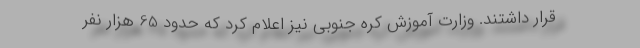
قرار داشتند. وزارت آموزش کره جنوبی نیز اعلام کرد که حدود 65 هزار نفر